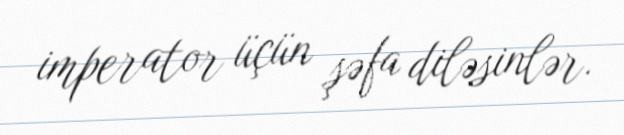
imperator üçün şəfa diləsinlər.